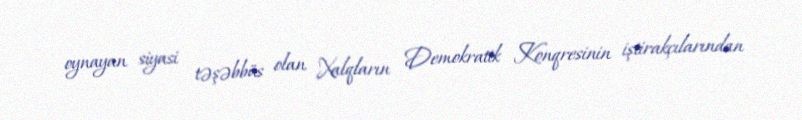
oynayan siyasi təşəbbüs olan Xalqların Demokratik Konqresinin iştirakçılarından